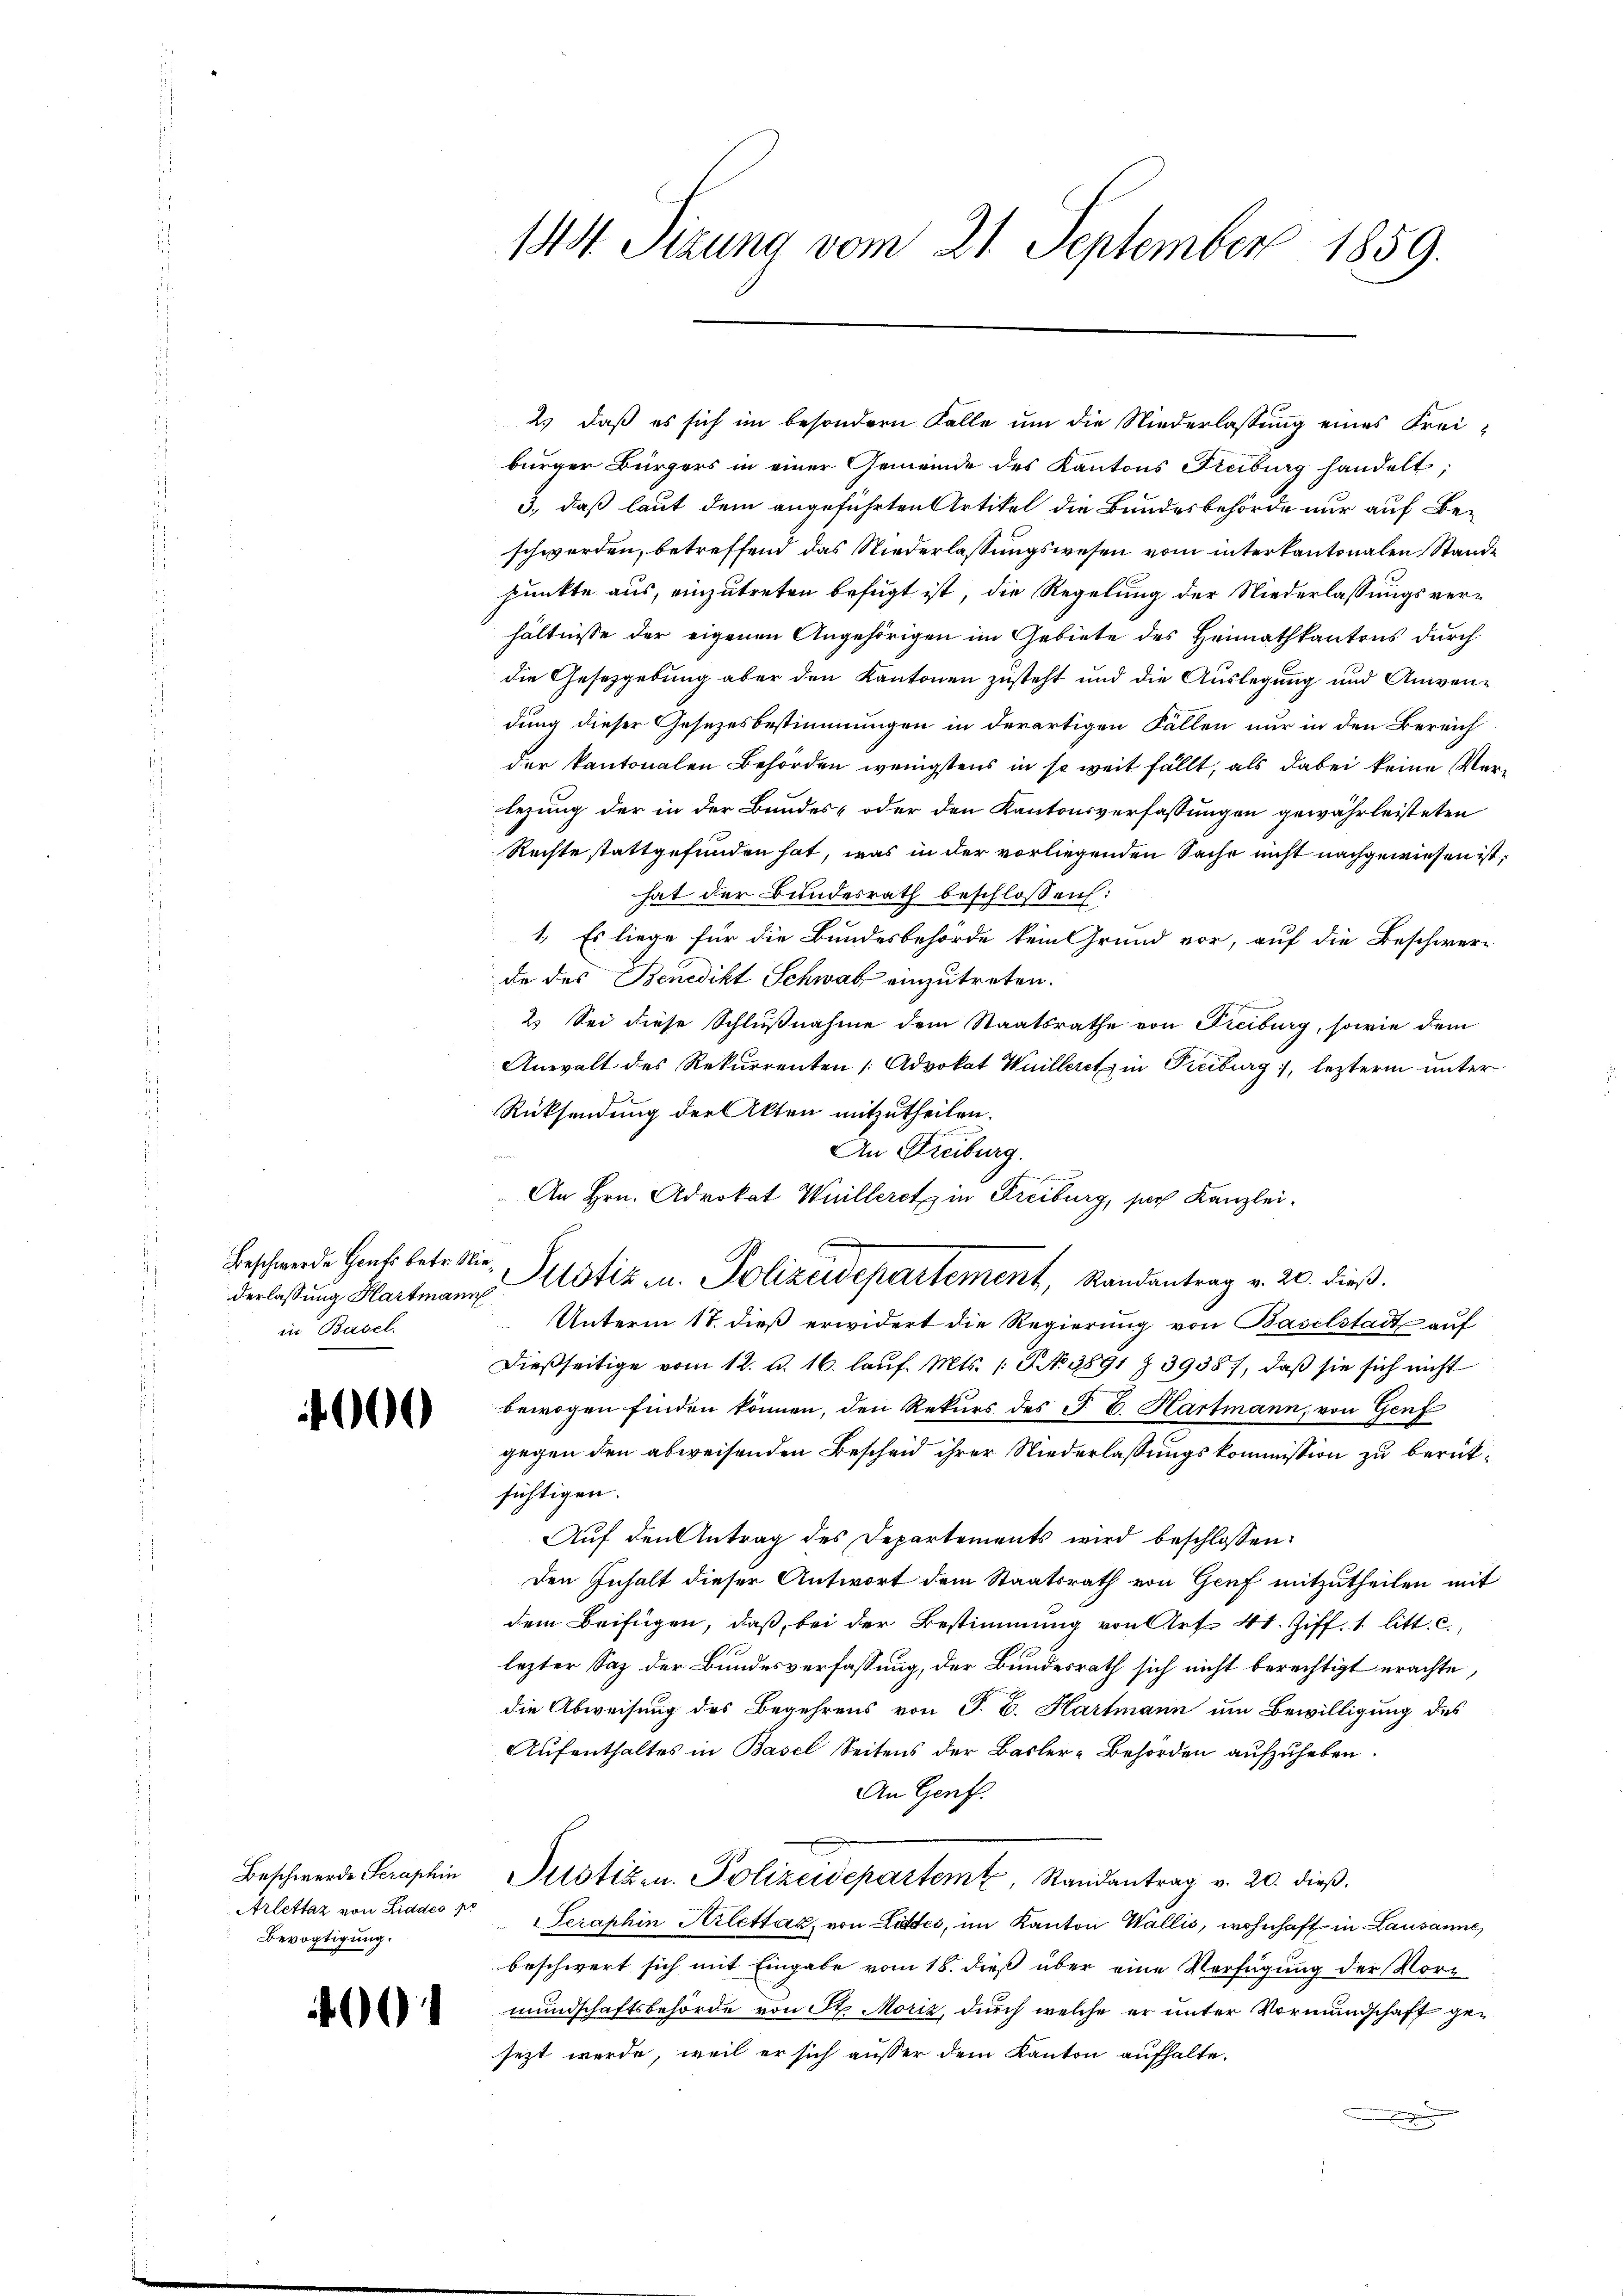
Beschwerde Gents betr. Niein Basel.

00

Beschwerde Seraphin
Arlettaz von Liddes po
Bevogtigung.

0

144 Sizung vom 21. September 1859.

2.) daß es sich im besondern Falle um die Niederlassung eines Freibürger Bürgers in einer Gemeinde des Kantons Freiburg handelt;
3., daß laut dem angeführten Artikel die Bundesbehörde nur auf Be-
schwerden, betreffend das Niederlassungswesen vom interkantonalen Stande
punkte aus, einzutreten befugt ist, die Regelung der Niederlassungsverhältnisse der eigenen Angehörigen im Gebiete des Heimathkantons durch
die Gesetzgebung aber den Kantonen zusteht und die Auslegung und Anwendung dieser Gesezesbestimmungen in derartigen Fällen nur in den Bereich
der kantonalen Behörden wenigstens in so weit fällt, als dabei keine Verlegung der in der Bundes- oder den Kantonsverfassungen gewährleisteten
Rechte stattgefunden hat, was in der vorliegenden Sache nicht nachgewiesen ist;
hat der Bundesrath beschlossen:
1. Es liege für die Bundesbehörde kein Grund vor, auf die Beschwer-
da des Benedikt Schwab einzutreten.
2. Sei diese Schlußnahme dem Staatsrathe von Freiburg, sowie dem
Anwalt des Rekurrenten Advokat Wuilleritz in Freiburg), lezterm unter¬
Rücksendung der Akten mitzutheilen.
An Freiburg.

An Hrn. Advokat Wuilleret in Freiburg, sich Kanzlei.
Unterm 18. dieß erwidert die Regierung von Baselstadt auf
dießseitige vom 12. d. 16. lauf. Mts. (T. No. 1891 Z. 3938), daß sie sich nicht
bewogen finden können, den Rekurs des J. C. Hartmann, von Genf
gegen den abweisenden Bescheid ihrer Niederlassungskommission zu berücksichtigen.
Auf den Antrag des Departements wird beschlossen:
den Inhalt dieser Antwort dem Staatsrath von Genf mitzutheilen mit
dem Beifügen, daß, bei der Bestimmung von Art. 41. Ziff. 1 litt. c.,
lezter Saz der Bundesverfassung, der Bundesrath sich nicht berechtigt erachte,
die Abweisung des Begehrens von P. C. Hartmann um Bewilligung des
Aufenthaltes in Basel Seitens der Basler-Behörden aufzuheben.
An Genf.
Justizen. Polizeidepartem Randantrag v. 20. dieß.
Seraphin Klettaz, von Littes, im Kanton Wallis, wohnhaft in Lausanne,
beschwert sich mit Eingabe vom 18. dieß über eine Verfügung der Mormundschaftsbehörde von St. Moriz, durch welche er unter Vormundschaft gesezt werde, weil er sich außer dem Kanton aufhalte.

derlassung Hartmann Motiz u. Polizeidepartement, Randantrag v. 20. dieß.